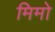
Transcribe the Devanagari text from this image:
मिमो